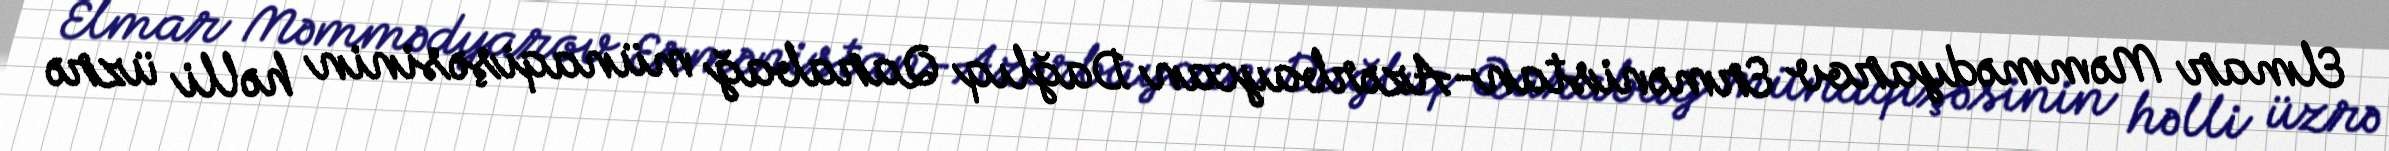
Elmar Məmmədyarov Ermənistan-Azərbaycan Dağlıq Qarabağ münaqişəsinin həlli üzrə